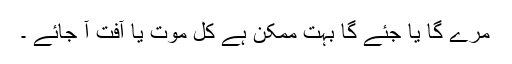
مرے گا یا جئے گا بہت ممکن ہے کل موت یا آفت آ جائے ۔